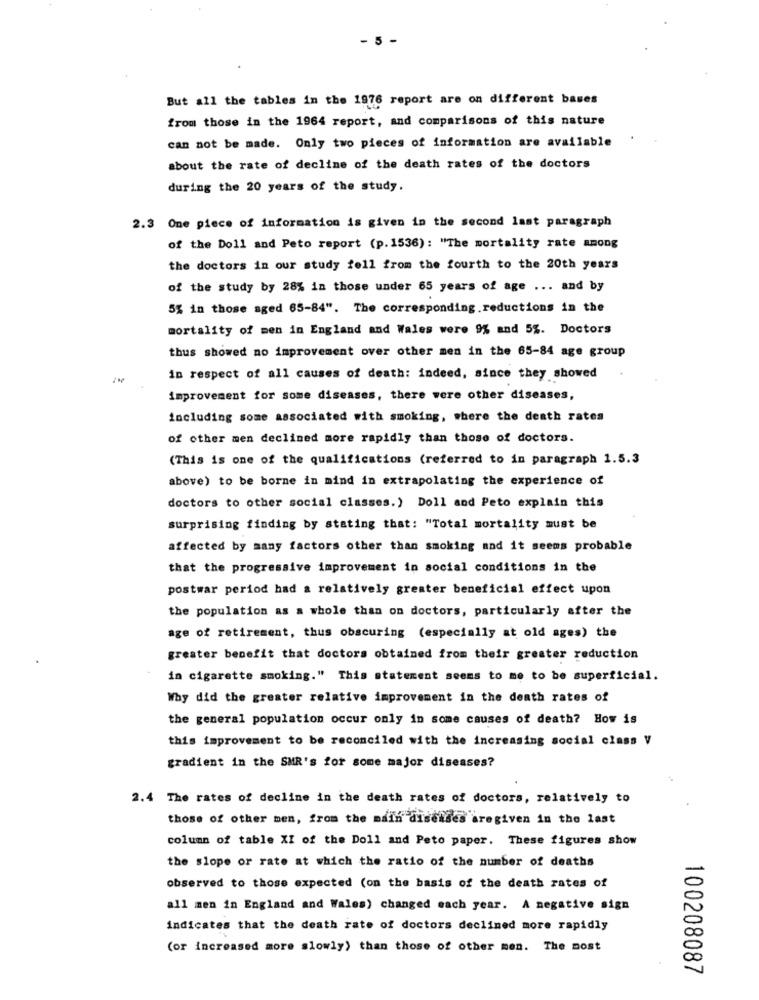
- 5 -
But all the tables in the 1976 report are on different bases
from those in the 1964 report, and comparisons of this nature
can not be made. Only two pieces of information are available
about the rate of decline of the death rates of the doctors
during the 20 years of the study.
2.3 One piece of information is given in the second last paragraph
of the Doll and Peto report (p.1536): "The mortality rate among
the doctors in our study fell from the fourth to the 20th years
of the study by 28% in those under 65 years of age ... and by
5% in those aged 65-84". The corresponding reductions in the
mortality of men in England and Wales were 9% and 5%. Doctors
thus showed no improvement over other men in the 65-84 age group
in respect of all causes of death: indeed, since they showed
improvement for some diseases, there were other diseases,
including some associated with smoking, where the death rates
of other men declined more rapidly than those of doctors.
(This is one of the qualifications (referred to in paragraph 1.5.3
above) to be borne in mind in extrapolating the experience of
doctors to other social classes. ) Doll and Peto explain this
surprising finding by stating that: "Total mortality must be
affected by many factors other than smoking and it seems probable
that the progressive improvement in social conditions in the
postwar period had a relatively greater beneficial effect upon
the population as a whole than on doctors, particularly after the
age of retirement, thus obscuring (especially at old ages) the
greater benefit that doctors obtained from their greater reduction
in cigarette smoking." This statement seems to me to be superficial.
Why did the greater relative improvement in the death rates of
the general population occur only in some causes of death? How is
this improvement to be reconciled with the increasing social class V
gradient in the SMR's for some major diseases?
2.4 The rates of decline in the death rates of doctors, relatively to
those of other men, from the main diseases aregiven in the last
column of table XI of the Doll and Peto paper. These figures show
the slope or rate at which the ratio of the number of deaths
observed to those expected (on the basis of the death rates of
all men in England and Wales) changed each year. A negative sign
indicates that the death rate of doctors declined more rapidly
(or increased more slowly) than those of other men. The most
100208087